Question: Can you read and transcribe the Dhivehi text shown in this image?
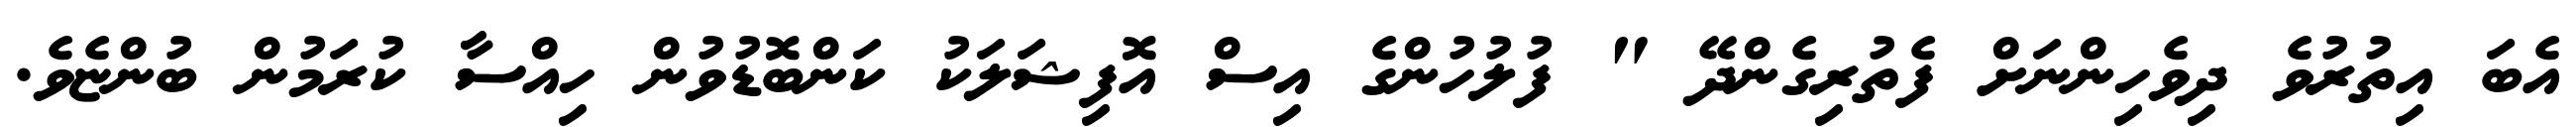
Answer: އެބަ އިތުރުވެ ދިވެހިންނަށް ފެތުރިގެންދޭ " ފުލުހުންގެ އިސް އޮފިޝަލަކު ކަންބޮޑުވުން ހިއްސާ ކުރަމުން ބުންޏެވެ.